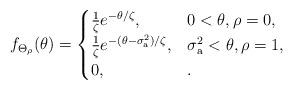
LaTeX: \begin{align*} f_{\Theta_\rho} (\theta ) = \begin{cases}\frac{1}{\zeta} e^{-\theta /\zeta}, & 0 < \theta, \rho=0,\\\frac{1}{\zeta} e^{-(\theta - \sigma^2_{\rm a})/\zeta}, & \sigma_{\rm a}^2 < \theta ,\rho=1, \\0, & .\end{cases}\end{align*}